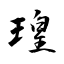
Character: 瑝